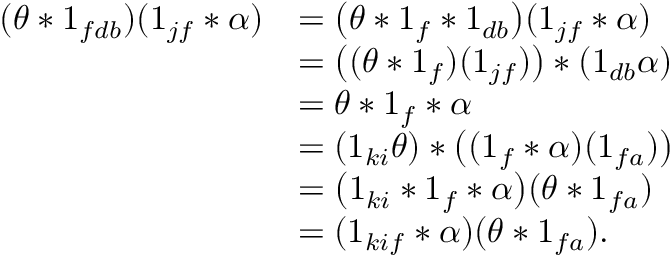
\begin{array} { r l } { ( \theta * 1 _ { f d b } ) ( 1 _ { j f } * \alpha ) } & { = \bigl ( \theta * 1 _ { f } * 1 _ { d b } \bigr ) ( 1 _ { j f } * \alpha ) } \\ & { = \bigl ( ( \theta * 1 _ { f } ) ( 1 _ { j f } ) \bigr ) * ( 1 _ { d b } \alpha ) } \\ & { = \theta * 1 _ { f } * \alpha } \\ & { = ( 1 _ { k i } \theta ) * \bigl ( ( 1 _ { f } * \alpha ) ( 1 _ { f a } ) \bigr ) } \\ & { = \bigl ( 1 _ { k i } * 1 _ { f } * \alpha \bigr ) ( \theta * 1 _ { f a } ) } \\ & { = ( 1 _ { k i f } * \alpha ) ( \theta * 1 _ { f a } ) . } \end{array}